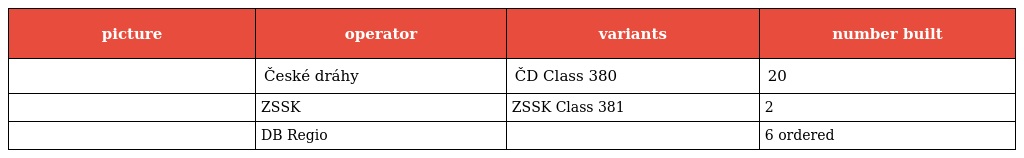
| picture | operator | variants | number built |
 | --- | --- | --- | --- |
 |  | České dráhy | ČD Class 380 | 20 |
 |  | ZSSK | ZSSK Class 381 | 2 |
 |  | DB Regio |  | 6 ordered |